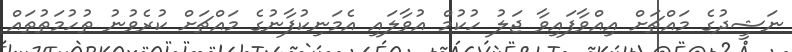
ނަޝީދުގެ މައްޗަށް އިއްވާފައިވާ ޖަލު ހުކުމް އުވާލައި އެމަނިކުފާނުގެ މައްޗަށް ކުރެވުނު ތުހުމަތުތައް